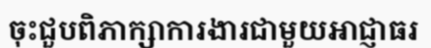
ចុះជួបពិភាក្សាការងារជាមួយអាជ្ញាធរ